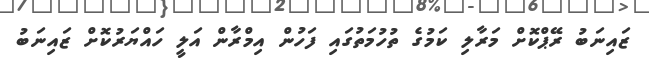
ޒައިނަބު ރޭޕްކޮށް މަރާލި ކަމުގެ ތުހުމަތުގައި ފަހުން އިމްރާން އަލީ ހައްޔަރުކޮށް ޒައިނަބު